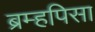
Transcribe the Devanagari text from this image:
ब्रम्हपिसा